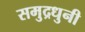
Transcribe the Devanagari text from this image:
समुद्रधुनी